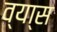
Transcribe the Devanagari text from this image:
व्या्स